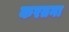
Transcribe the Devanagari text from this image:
करतना